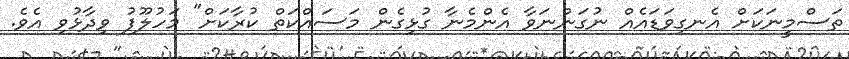
ތަސްމީނަކަށް އެނގިވަޑައެއް ނުގަންނަވާ އެންމެނާ ގުޅިގެން މަސައްކަތް ކުރާކަށް" މަހުލޫފު ވިދާޅުވި އެވެ.